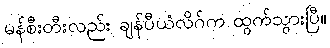
မန်စီးတီးလည်း ချန်ပီယံလိဂ်က ထွက်သွားပြီ။